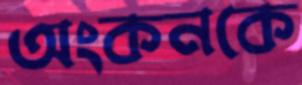
অংকনকে